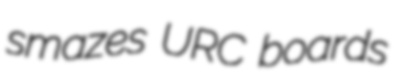
smazes URC boards